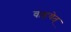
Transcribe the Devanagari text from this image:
वाहयेत्